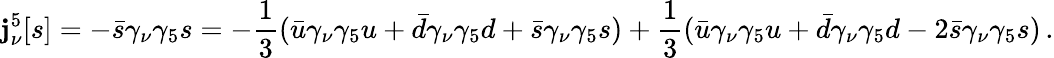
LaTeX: \mathbf{j}_{\nu}^{5}[s]=-\bar{{s}}\gamma_{\nu}\gamma_{5}s=-\frac{{1}}{{3}}(\bar{{u}}\gamma_{\nu}\gamma_{5}u+\bar{{d}}\gamma_{\nu}\gamma_{5}d+\bar{{s}}\gamma_{\nu}\gamma_{5}s)+\frac{{1}}{{3}}(\bar{{u}}\gamma_{\nu}\gamma_{5}u+\bar{{d}}\gamma_{\nu}\gamma_{5}d-2\bar{{s}}\gamma_{\nu}\gamma_{5}s)\, .